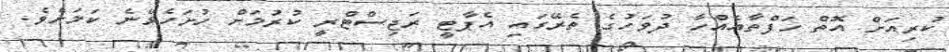
ކުރިއަށް އޮތް ހަފްތާއެއްހާ ދުވަހުގެ ތެރޭގައި އެޕާޓީ ރަޖިސްޓްރީ ކުރުމަށް ހުށަހެޅޭނެ ކަމަށެވެ.